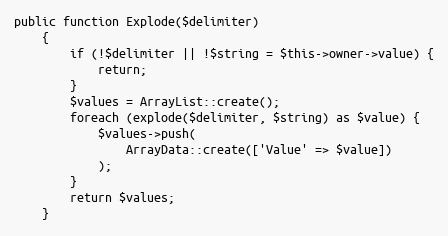
Language: PHP
public function Explode($delimiter)
    {
        if (!$delimiter || !$string = $this->owner->value) {
            return;
        }
        $values = ArrayList::create();
        foreach (explode($delimiter, $string) as $value) {
            $values->push(
                ArrayData::create(['Value' => $value])
            );
        }
        return $values;
    }